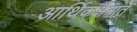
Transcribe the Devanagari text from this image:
आर्थिकक्षेत्रात